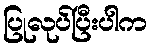
ပြုလုပ်ပြီးပါက